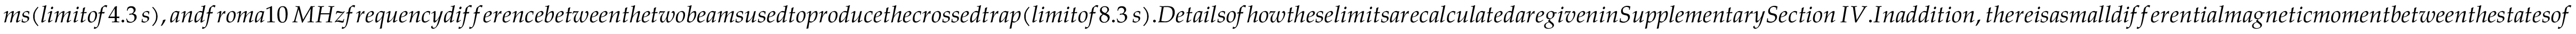
m s ( l i m i t o f 4 . 3 \, s ) , a n d f r o m a 1 0 \, M H z f r e q u e n c y d i f f e r e n c e b e t w e e n t h e t w o b e a m s u s e d t o p r o d u c e t h e c r o s s e d t r a p ( l i m i t o f 8 . 3 \, s ) . D e t a i l s o f h o w t h e s e l i m i t s a r e c a l c u l a t e d a r e g i v e n i n S u p p l e m e n t a r y S e c t i o n \, I V . I n a d d i t i o n , t h e r e i s a s m a l l d i f f e r e n t i a l m a g n e t i c m o m e n t b e t w e e n t h e s t a t e s o f